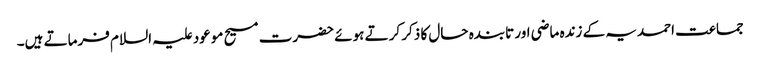
جماعت احمدیہ کے زندہ ماضی اور تابندہ حال کا ذکر کرتے ہوئے حضرت مسیح موعود علیہ السلام فرماتے ہیں۔